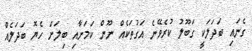
ގެނައި ބަދަލަކީ ގަބޫލު ކުރެވޭނެ އަގުތަކެއް ނޫން ކަމަށާއި ބިލަށް ހެޔޮ ބަދަލެއް